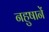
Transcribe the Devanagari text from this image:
नहुषानें